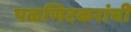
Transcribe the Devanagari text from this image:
पळणिटकरांची